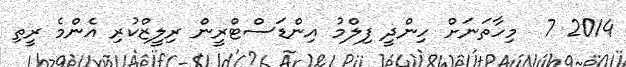
2014 7  މިހާތަނަށް ހިންދީ ފިލްމު އިންޑަސްޓްރީން ރިލީޒްކުރި އެންމެ ރީތި